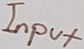
Text: Input